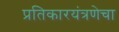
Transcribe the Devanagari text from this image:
प्रतिकारयंत्रणेचा